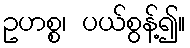
ဥဟစ္စ၊ ပယ်စွန့်၍။